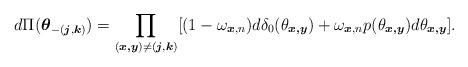
LaTeX: \begin{align*}d\Pi(\boldsymbol{\theta}_{-(\boldsymbol{j},\boldsymbol{k})})=\prod_{(\boldsymbol{x,y})\neq(\boldsymbol{j},\boldsymbol{k})}[(1-\omega_{\boldsymbol{x},n})d\delta_0(\theta_{\boldsymbol{x,y}})+\omega_{\boldsymbol{x},n}p(\theta_{\boldsymbol{x,y}})d\theta_{\boldsymbol{x,y}}].\end{align*}